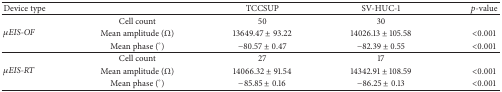
<table><thead><tr><td><b>Device type</b></td><td><b> </b></td><td><b>TCCSUP</b></td><td><b>SV-HUC-1</b></td><td><b><i>p</i>-value</b></td></tr></thead><tbody><tr><td rowspan="3"><i>μEIS-OF</i></td><td>Cell count</td><td>50</td><td>30</td><td> </td></tr><tr><td>Mean amplitude (Ω)</td><td>13649.47 ± 93.22</td><td>14026.13 ± 105.58</td><td>&lt;0.001</td></tr><tr><td>Mean phase (°)</td><td>−80.57 ± 0.47</td><td>−82.39 ± 0.55</td><td>&lt;0.001</td></tr><tr><td rowspan="3"><i>μEIS-RT</i></td><td>Cell count</td><td>27</td><td>17</td><td> </td></tr><tr><td>Mean amplitude (Ω)</td><td>14066.32 ± 91.54</td><td>14342.91 ± 108.59</td><td>&lt;0.001</td></tr><tr><td>Mean phase (°)</td><td>−85.85 ± 0.16</td><td>−86.25 ± 0.13</td><td>&lt;0.001</td></tr></tbody></table>